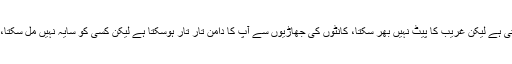
انہوں نے کہاکہ الزام تراشی سے آپ کی جھوٹی انا کی تسکین ہوسکتی ہے لیکن غریب کا پیٹ نہیں بھر سکتا، کانٹوں کی جھاڑیوں سے آپ کا دامن تار تار ہوسکتا ہے لیکن کسی کو سایہ نہیں مل سکتا، تحریک انصاف حکومت کانٹوں کی جھاڑیوں میں تبدیل ہوچکی ہے۔